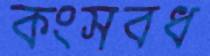
কংসবধ